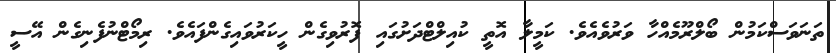
ތަނަވަސްކަމުން ބޯލްރޫމެއްހާ ވަރުވެއެވެ. ކަމީލާ އޮތީ ކުއިލްޓްދަށުގައި ފޮރުވިގެން ހީކަރުވައިގެންފައެވެ. ރިމޯޓްނުފެނިގެން އޭސީ